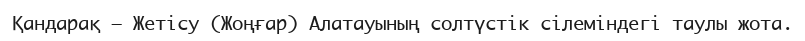
Қандарақ – Жетісу (Жоңғар) Алатауының солтүстік сілеміндегі таулы жота.